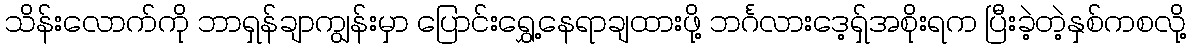
သိန်းလောက်ကို ဘာရှန်ချာကျွန်းမှာ ပြောင်းရွှေ့နေရာချထားဖို့ ဘင်္ဂလားဒေ့ရှ်အစိုးရက ပြီးခဲ့တဲ့နှစ်ကစလို့